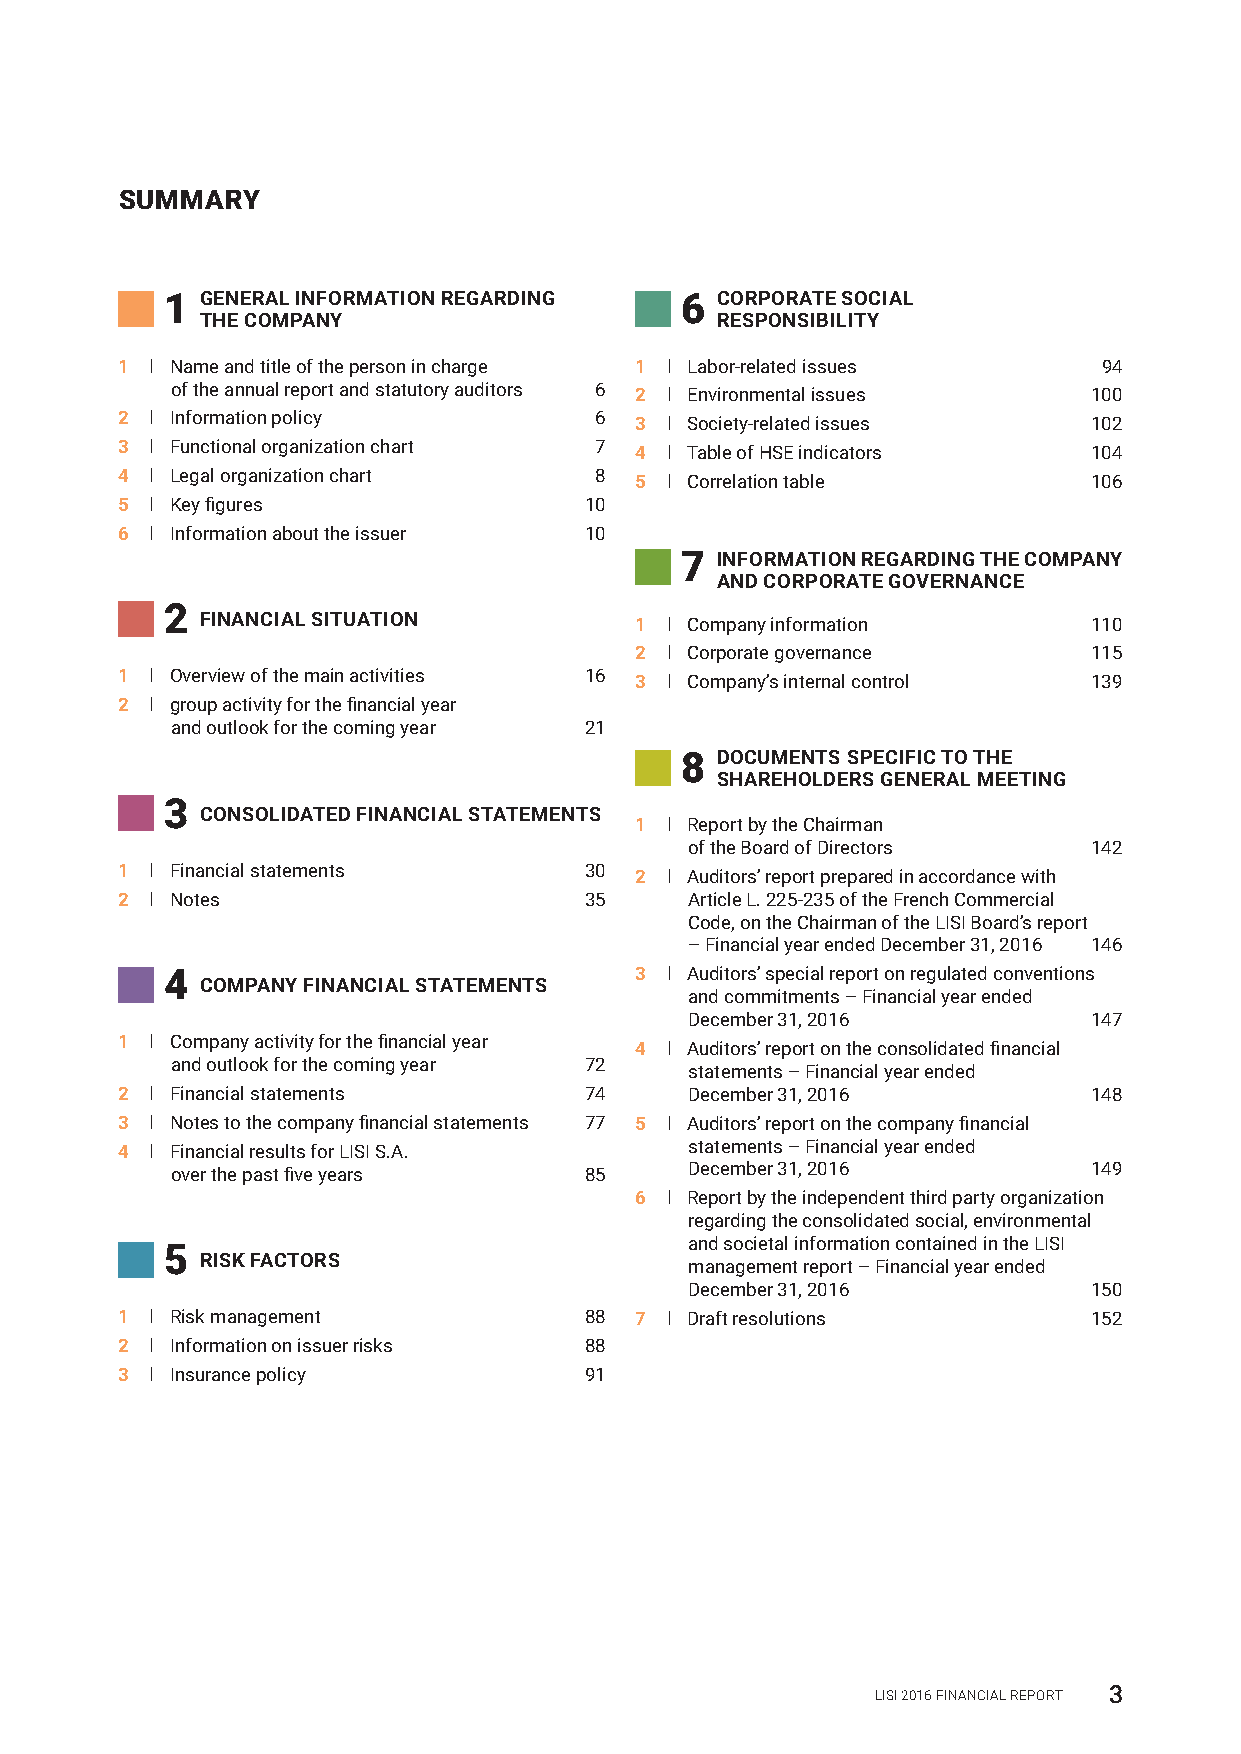
SUMMARY
 1 GENERAL INFORMATION REGARDING   6 CORPORATE SOCIAL
 THE COMPANY                       RESPONSIBILITY
 1 I Name and title of the person in charge 1 I Labor‑related issues 94
 of the annual report and statutory auditors 6 2 I Environmental issues 100
 2 I Information policy         6  3 I Society‑related issues    102
 3 I Functional organization chart 7 4 I Table of HSE indicators 104
 4 I Legal organization chart   8  5 I Correlation table         106
 5 I Key figures                10
 6 I Information about the issuer 10
 7 INFORMATION REGARDING THE COMPANY
 AND CORPORATE GOVERNANCE
 2
 FINANCIAL SITUATION          1 I Company information       110
 2 I Corporate governance      115
 1 I Overview of the main activities 16 3 I Company’s internal control 139
 2 I group activity for the financial year
 and outlook for the coming year 21
 8 DOCUMENTS SPECIFIC TO THE
 SHAREHOLDERS GENERAL MEETING
 3
 CONSOLIDATED FINANCIAL STATEMENTS
 1 I Report by the Chairman
 of the Board of Directors 142
 1 I Financial statements       30 2 I Auditors’ report prepared in accordance with
 2 I Notes                      35     Article L. 225‑235 of the French Commercial
 Code, on the Chairman of the LISI Board’s report
 – Financial year ended December 31, 2016 146
 4                              3 I Auditors’ special report on regulated conventions
 COMPANY FINANCIAL STATEMENTS
 and commitments – Financial year ended
 December 31, 2016         147
 1 I Company activity for the financial year 4 I Auditors’ report on the consolidated financial
 and outlook for the coming year 72
 statements – Financial year ended
 2 I Financial statements       74     December 31, 2016         148
 3 I Notes to the company financial statements 77 5 I Auditors’ report on the company financial
 4 I Financial results for LISI S.A.   statements – Financial year ended
 over the past five years    85     December 31, 2016         149
 6 I Report by the independent third party organization
 regarding the consolidated social, environmental
 and societal information contained in the LISI
 5
 RISK FACTORS
 management report – Financial year ended
 December 31, 2016         150
 1 I Risk management            88 7 I Draft resolutions         152
 2 I Information on issuer risks 88
 3 I Insurance policy           91
 LISI 2016 FINANCIAL REPORT 3